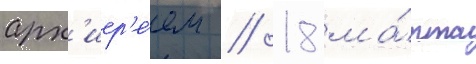
арх'иер'е́ем // 18 ма́рта